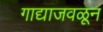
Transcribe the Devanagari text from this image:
गाद्याजवळून